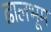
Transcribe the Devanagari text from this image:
ढालभूम